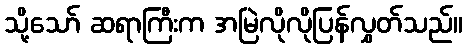
သို့သော် ဆရာကြီးက အမြဲလိုလိုပြန်လွှတ်သည်။